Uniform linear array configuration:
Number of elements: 48
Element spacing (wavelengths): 0.5
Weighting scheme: cosine
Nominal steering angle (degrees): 30
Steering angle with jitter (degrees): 29.882
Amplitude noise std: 0.05
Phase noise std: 0.05

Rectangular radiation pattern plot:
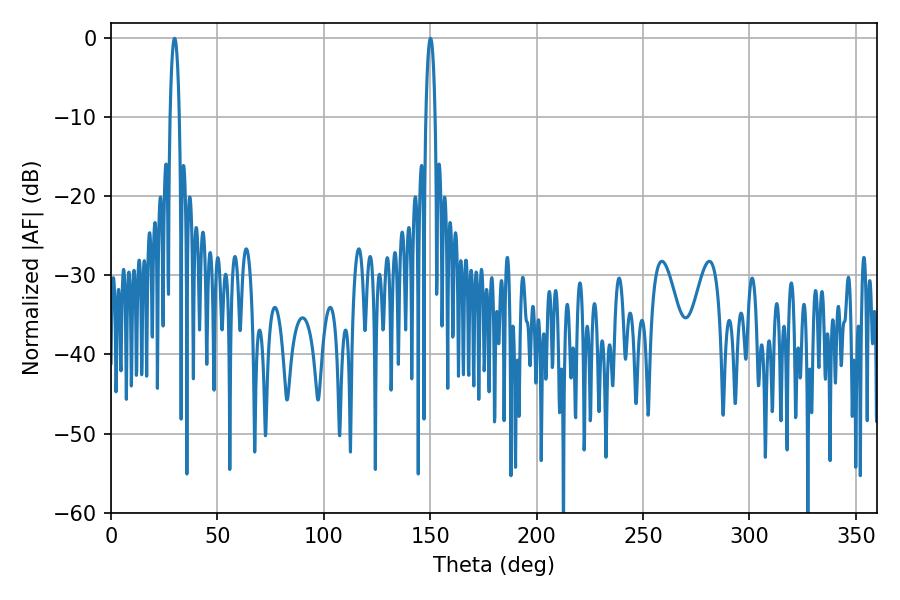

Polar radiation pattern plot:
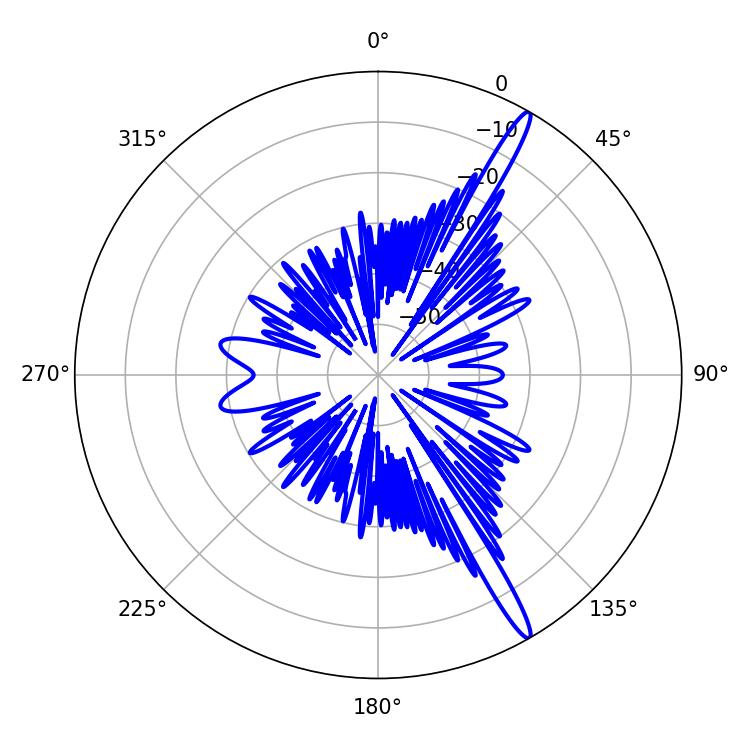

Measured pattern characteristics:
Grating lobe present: FALSE
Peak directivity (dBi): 16.196
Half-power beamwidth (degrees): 2.52
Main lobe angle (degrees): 29.88